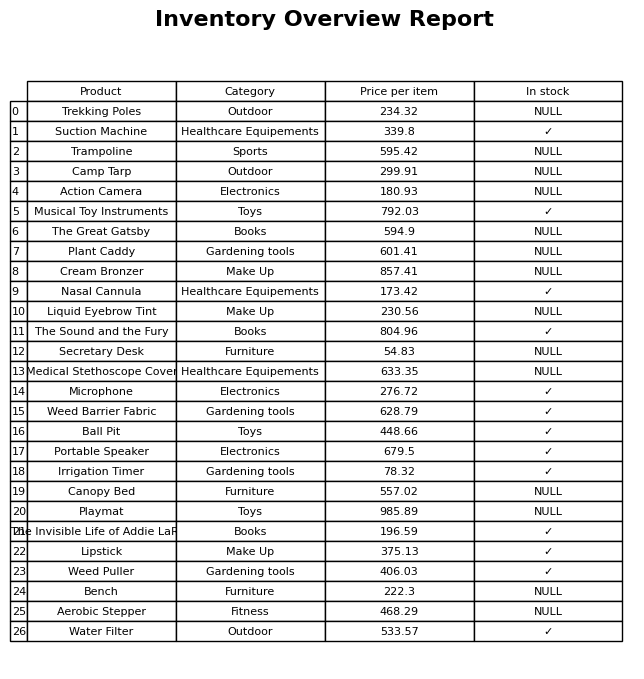
question: What is the stock status of the Ball Pit?
answer: ✓